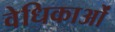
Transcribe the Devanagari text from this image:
वेधिकाओं